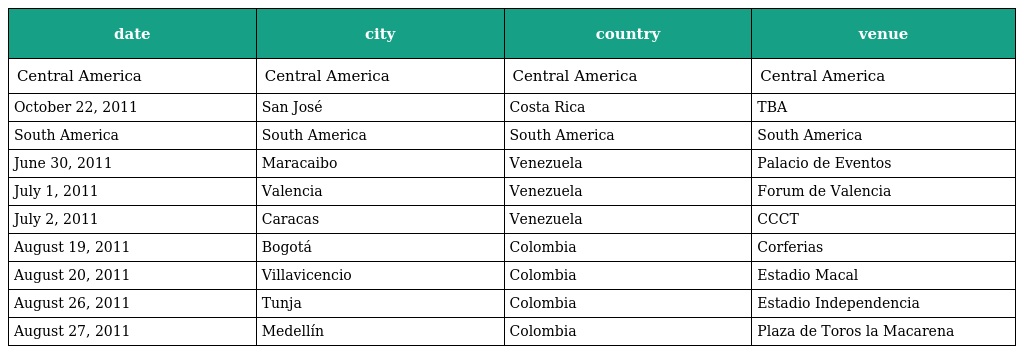
| date | city | country | venue |
 | --- | --- | --- | --- |
 | Central America | Central America | Central America | Central America |
 | October 22, 2011 | San José | Costa Rica | TBA |
 | South America | South America | South America | South America |
 | June 30, 2011 | Maracaibo | Venezuela | Palacio de Eventos |
 | July 1, 2011 | Valencia | Venezuela | Forum de Valencia |
 | July 2, 2011 | Caracas | Venezuela | CCCT |
 | August 19, 2011 | Bogotá | Colombia | Corferias |
 | August 20, 2011 | Villavicencio | Colombia | Estadio Macal |
 | August 26, 2011 | Tunja | Colombia | Estadio Independencia |
 | August 27, 2011 | Medellín | Colombia | Plaza de Toros la Macarena |